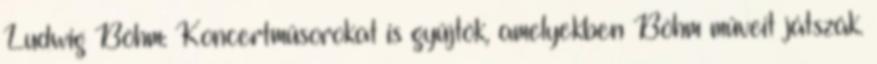
Ludwig Böhm: Koncertműsorokat is gyűjtök, amelyekben Böhm műveit játszák.